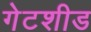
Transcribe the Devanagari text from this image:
गेटशीड